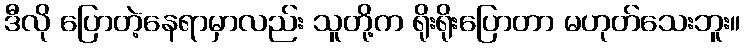
ဒီလို ပြောတဲ့နေရာမှာလည်း သူတို့က ရိုးရိုးပြောတာ မဟုတ်သေးဘူး။